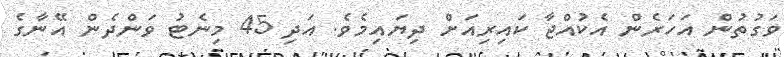
ވަގުތުން އަހަރެން އެކުއްޖާ ކައިރިއަށް ދިޔައިމެވެ. އަދި 45 މިނެޓު ވަންދެން އޭނާގެ